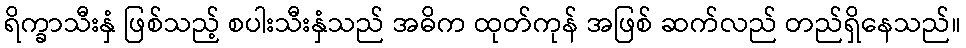
ရိက္ခာသီးနှံ ဖြစ်သည့် စပါးသီးနှံသည် အဓိက ထုတ်ကုန် အဖြစ် ဆက်လည် တည်ရှိနေသည်။